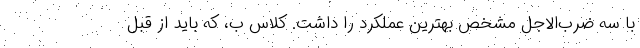
با سه ضرب‌الاجل مشخص بهترین عملکرد را داشت. کلاس ب، که باید از قبل